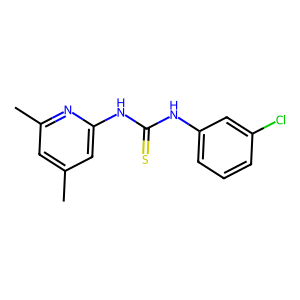
SMILES: Cc1cc(C)nc(NC(=S)Nc2cccc(Cl)c2)c1
Inhibits HIV replication: No